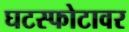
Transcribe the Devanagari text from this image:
घटस्फोटावर